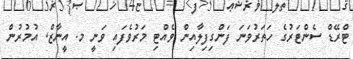
ޓްރޭޑް ސެންޓަރުގެ ހަތަރުވަނަ ފަންގިފިލާއިން ވެއްޓި މަރުވެފައި ވަނީ މ. އީނާޒް